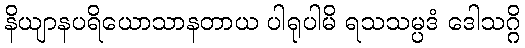
နိယျာနပရိယောသာနတာယ ပါရုပါမိ ရသသမ္ပဒံ ဒေါသဂ္ဂိ